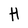
Character: H